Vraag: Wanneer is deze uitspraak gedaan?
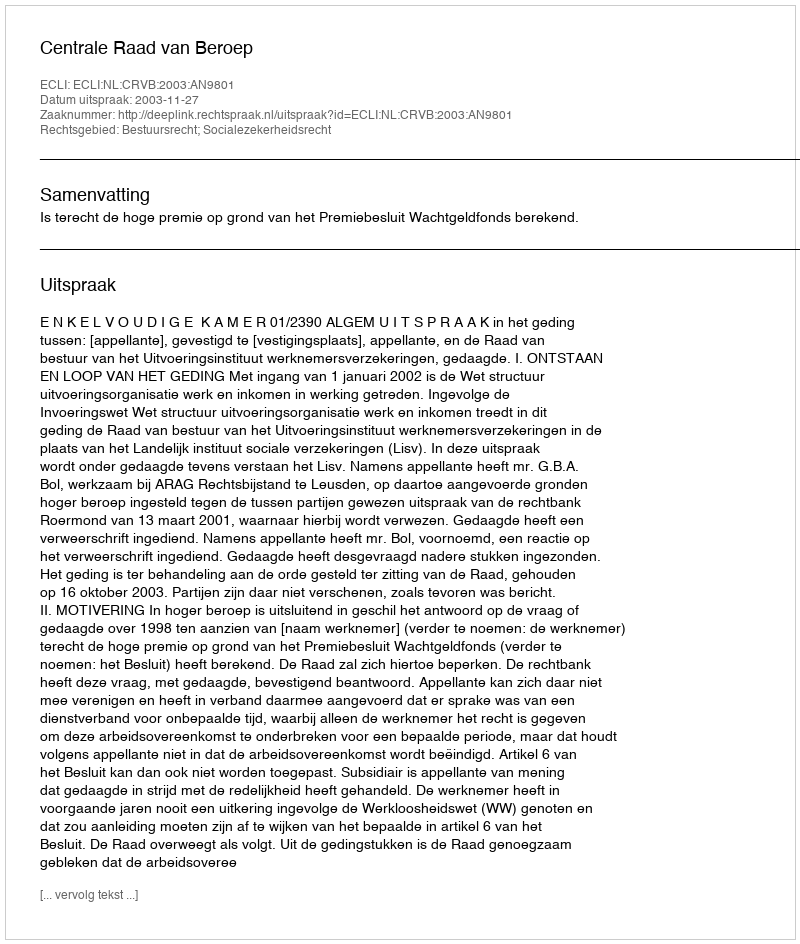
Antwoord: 2003-11-27